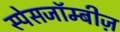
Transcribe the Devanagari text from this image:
स्पेसजॉम्बीज़